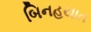
બિનહયાત